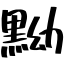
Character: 黝